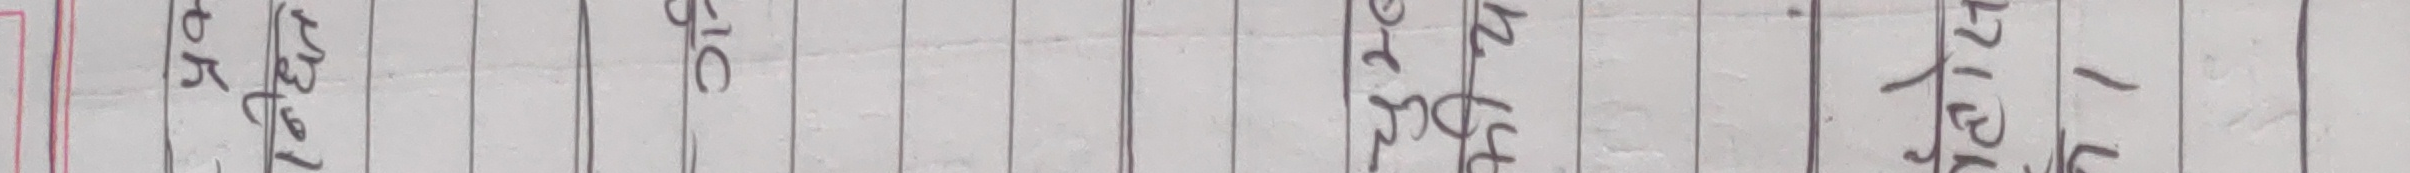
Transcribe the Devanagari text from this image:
क्रय मुल्य विक्री खर्च -1